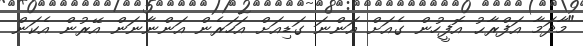
"މާދަމާ އަފްރާޙު އޮފީހުން ގެއަށް އަންނަ ގަޑިއަށް އަހަރެން އަންނާނަން އޭރުން އެކަން